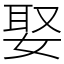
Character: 娶